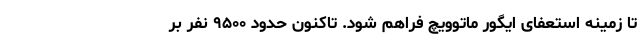
تا زمینه استعفای ایگور ماتوویچ فراهم شود. تاکنون حدود ۹۵۰۰ نفر بر